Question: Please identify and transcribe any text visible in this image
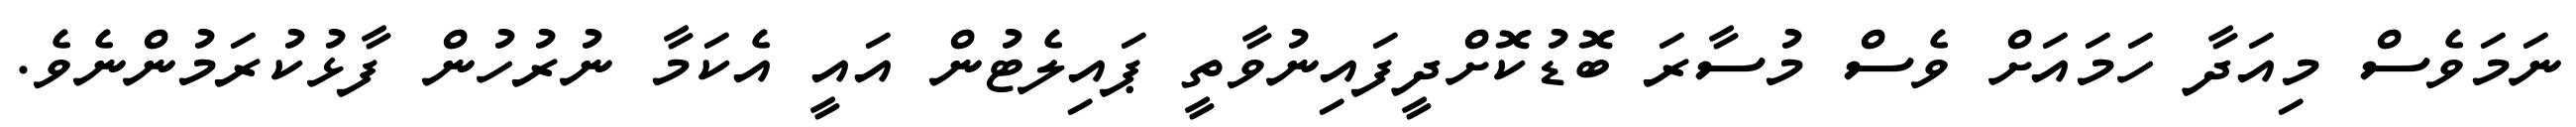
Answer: ނަމަވެސް މިއަދާ ހަމައަށް ވެސް މުސާރަ ބޮޑުކޮށްދީފައިނުވާތީ ޕައިލެޓުން އައީ އެކަމާ ނުރުހުން ފާޅުކުރަމުންނެވެ.